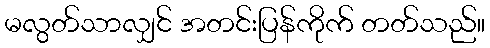
မလွတ်သာလျှင် အတင်းပြန်ကိုက် တတ်သည်။